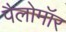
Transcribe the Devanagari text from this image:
पैलोमॉर